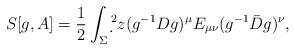
LaTeX: \begin{align*}S_{}[g,A]=\frac{1}{2}\int_{\Sigma}\d {}^2z (g^{-1}D g)^\mu E_{\mu\nu} (g^{-1}\bar{D}g)^\nu,\end{align*}